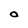
Character: O